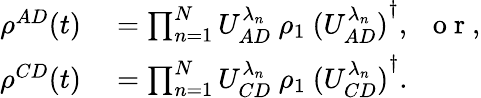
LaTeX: \begin{array}{rl}{\rho^{AD}(t)}&{{}=\prod_{n=1}^{N}U_{AD}^{\lambda_{n}}~\rho_{1}~{(U_{AD}^{\lambda_{n}})}^{\dagger},~~\mathrm{~o~r~},}\\ {\rho^{CD}(t)}&{{}=\prod_{n=1}^{N}U_{CD}^{\lambda_{n}}~\rho_{1}~{(U_{CD}^{\lambda_{n}})}^{\dagger}.}\end{array}